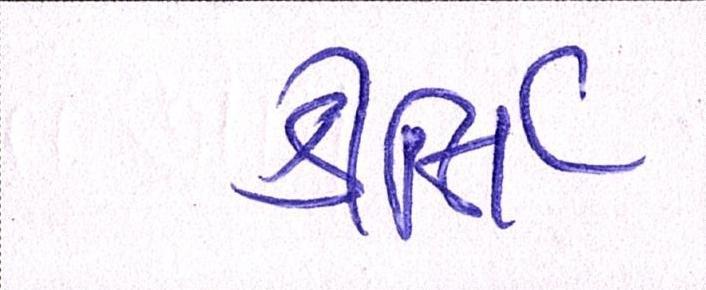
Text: કીર્તિ